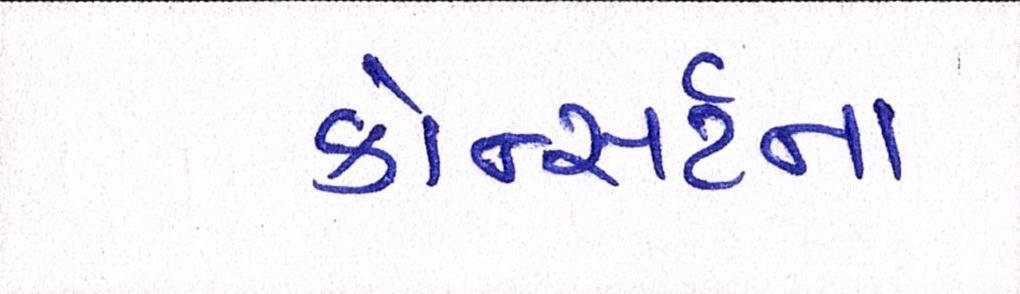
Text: કોન્સર્ટના